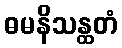
ဓမနိသန္ထတံ